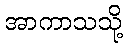
အာကာသသို့